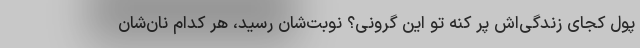
پول کجای زندگی‌اش پر کنه تو این گرونی؟ نوبت‌شان رسید، هر کدام نان‌شان